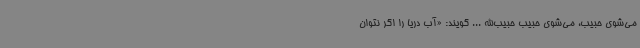
می‌شوی حبیب، می‌شوی حبیب حبیب‌الله ... گویند: «آب دریا را اگر نتوان